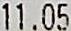
11.05